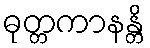
ဓုတ္တကာနန္တိ